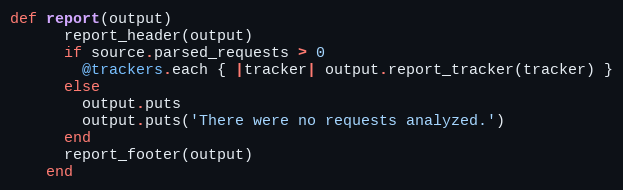
Language: Ruby
def report(output)
      report_header(output)
      if source.parsed_requests > 0
        @trackers.each { |tracker| output.report_tracker(tracker) }
      else
        output.puts
        output.puts('There were no requests analyzed.')
      end
      report_footer(output)
    end